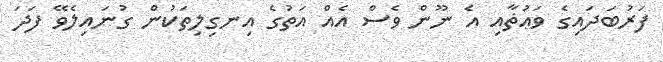
ފަރުބަދައިގެ ވަޢުޡާއި އެ ނޫން ވެސް އެއް އަތުގެ އިނގިލިތަކުން ގުނައިލެވޭ ފަދަ